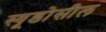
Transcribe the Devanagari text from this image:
स्यूडोसील